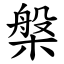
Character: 槃